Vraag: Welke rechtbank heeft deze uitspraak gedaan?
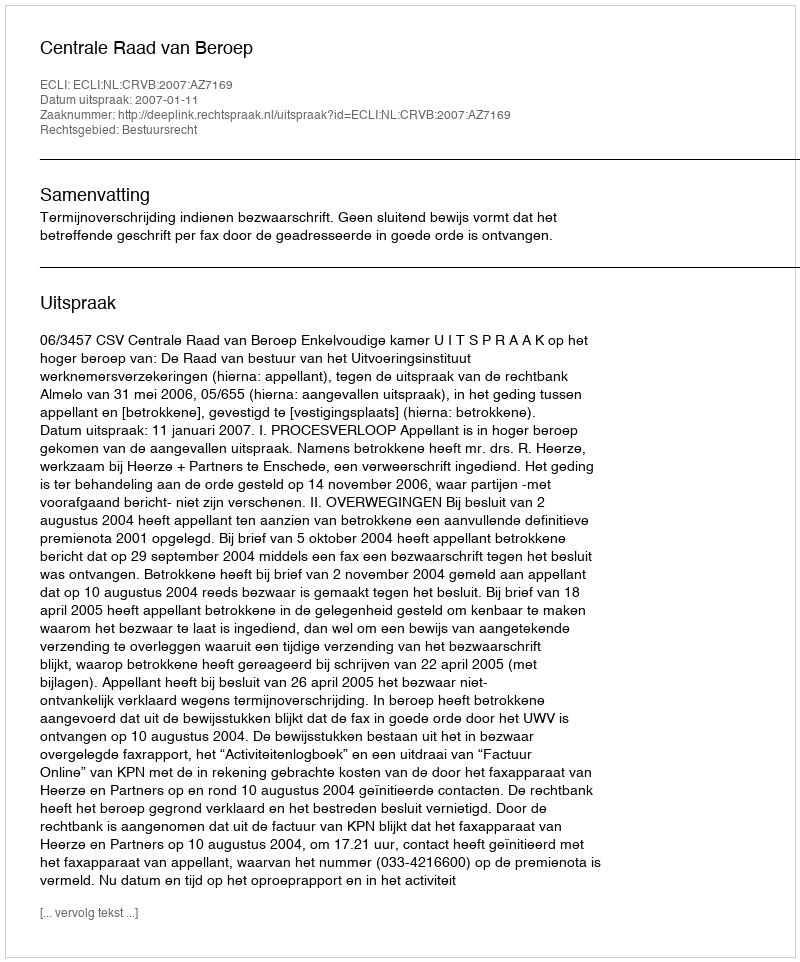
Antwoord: Centrale Raad van Beroep